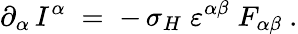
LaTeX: \partial_{\alpha}\, I^{\alpha}\; =\; -\, \sigma_{H}\; \varepsilon^{\alpha\beta}\; F_{\alpha\beta}~.